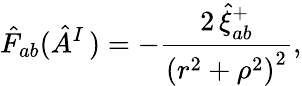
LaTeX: \hat{F}_{ab}(\hat{A}_{}^{I\, })=-\frac{2\, \hat{\xi}_{ab}^{+}}{\left(r^{2}+\rho^{2}\right)^{2}},